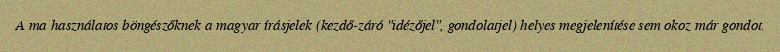
A ma használatos böngészőknek a magyar írásjelek (kezdő-záró "idézőjel", gondolatjel) helyes megjelenítése sem okoz már gondot.